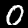
Digit: 0